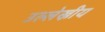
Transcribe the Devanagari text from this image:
उल्लेख्नीय